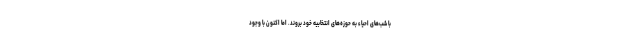
با شب‌های احیاء به حوزه‌های انتخابیه خود بروند. اما اکنون با وجود